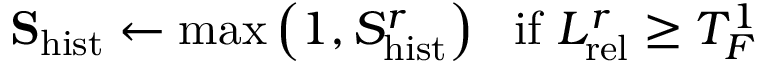
\mathbf { S } _ { \mathrm { h i s t } } \leftarrow \mathrm { m a x } \left( 1 , S _ { \mathrm { h i s t } } ^ { r } \right) \ \ \mathrm { i f } \ L _ { \mathrm { r e l } } ^ { r } \geq T _ { F } ^ { 1 }